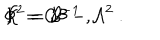
LaTeX: \Phi ^ { 2 } = { \cal B } ^ { - 1 } \ , \hspace { 0 . 8 c m } { \cal K } = { \cal C } { \cal B } - { \cal A } ^ { 2 } \ .